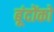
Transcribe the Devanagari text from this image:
बूंदोंको